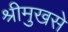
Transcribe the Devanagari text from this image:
श्रीमुखसे